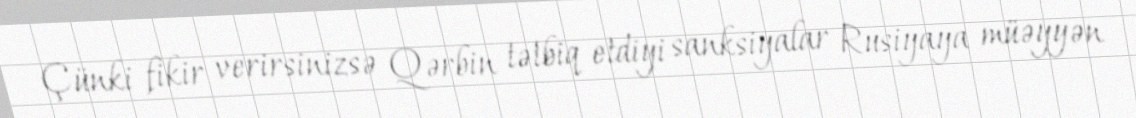
Çünki fikir verirsinizsə Qərbin tətbiq etdiyi sanksiyalar Rusiyaya müəyyən